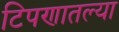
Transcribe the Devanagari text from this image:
टिपणातल्या